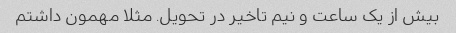
بیش از یک ساعت و نیم تاخیر در تحویل. مثلا مهمون داشتم